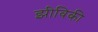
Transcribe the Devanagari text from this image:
झीविकी